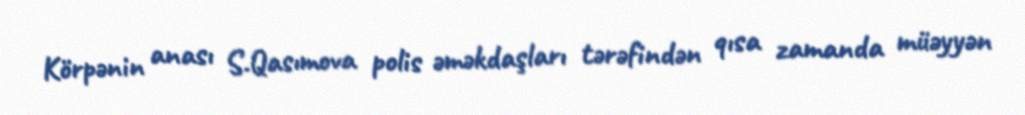
Körpənin anası S.Qasımova polis əməkdaşları tərəfindən qısa zamanda müəyyən